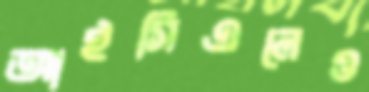
আইসিএলেও